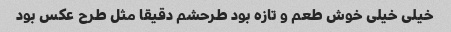
خیلی خیلی خوش طعم و تازه بود طرحشم دقیقا مثل طرح عکس بود